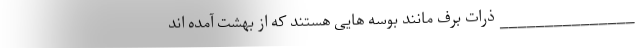
_______________ ذرات برف مانند بوسه هایی هستند که از بهشت آمده اند